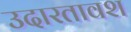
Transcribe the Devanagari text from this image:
उदारतावश